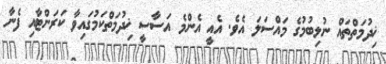
ޚިދުމަތްތައް ނުލިބުމުގެ މައްސަލަ އެވެ. އެއީ އެންމެ އަސާސީ ޚިދުމަތްކަމުގައިވާ ކަރަންޓާއި ފެނާ